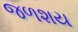
જળશય